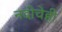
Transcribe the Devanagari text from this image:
नदीचेही